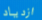
ازدياد